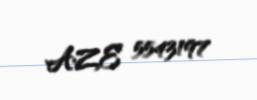
AZE 5543197